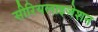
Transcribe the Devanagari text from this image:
सीरियलाइजेशन